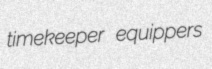
timekeeper equippers